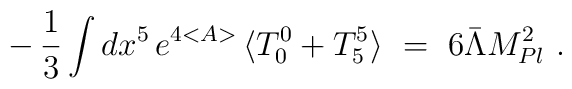
-\, \frac{1}{3} \int dx^5\, e^{4 <A>}\,  \langle T^0_0 + T^5_5 \rangle\ =\  6 \bar \Lambda M^2_{Pl}\ .